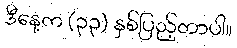
ဒီနေ့က (၃၃) နှစ်ပြည့်တာပါ။